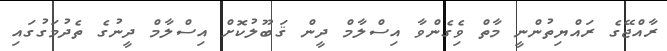
ރާއްޖޭގެ ރައްޔިތުންނީ މާތް ވިެގެންވާ އިސްލާމް ދީން ޤަބޫލުކޮށް އިސްލާމް ދީނުގެ ތެދުމަގުގައި